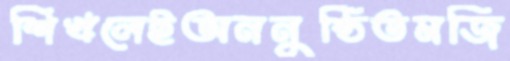
শিখলেইঅননুষ্ঠিতমজি